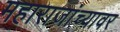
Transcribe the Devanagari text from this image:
महाराजांच्यावर